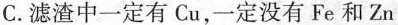
C.滤渣中一定有Cu，一定没有Fe和Zn